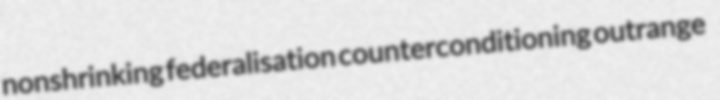
nonshrinking federalisation counterconditioning outrange